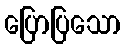
ပြောပြသော